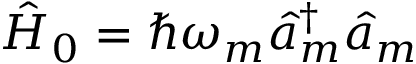
\hat { H } _ { 0 } = \hbar \omega _ { m } \hat { a } _ { m } ^ { \dagger } \hat { a } _ { m }